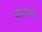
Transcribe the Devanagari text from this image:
यान्गत्से